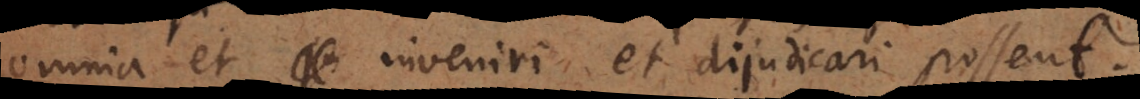
omnia et inveniri et dijudicari possent.